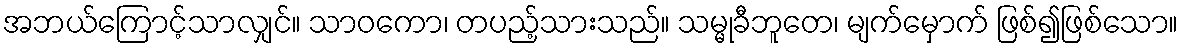
အဘယ်ကြောင့်သာလျှင်။ သာဝကော၊ တပည့်သားသည်။ သမ္မုခီဘူတေ၊ မျက်မှောက် ဖြစ်၍ဖြစ်သော။